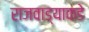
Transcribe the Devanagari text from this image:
राजवाड्याकडे